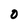
Character: 0